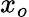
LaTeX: x_{o}